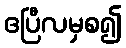
ဧပြီလမှစ၍